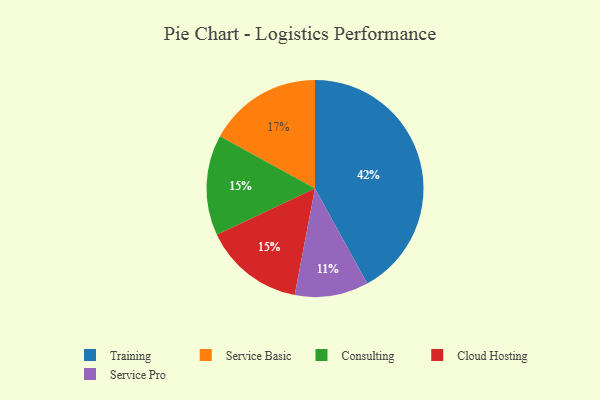
{"axis": {"x": "Category", "y": "Percentage"}, "legend": ["Cloud Hosting", "Consulting", "Service Basic", "Service Pro", "Training"], "data": [{"x": "Service Pro", "y": 11, "type": "Service Pro"}, {"x": "Consulting", "y": 15, "type": "Consulting"}, {"x": "Cloud Hosting", "y": 15, "type": "Cloud Hosting"}, {"x": "Service Basic", "y": 17, "type": "Service Basic"}, {"x": "Training", "y": 42, "type": "Training"}]}